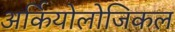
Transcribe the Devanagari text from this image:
अर्कियोलोजिकल